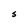
Character: S